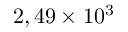
2 , 4 9 \times 1 0 ^ { 3 }